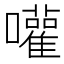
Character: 嚾